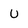
Character: U